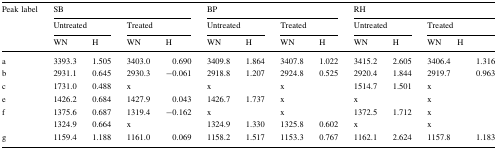
| <ROWSPAN=3> Peak label | <COLSPAN=4> SB | <COLSPAN=4> BP | <COLSPAN=5> RH |
 | <COLSPAN=2> Untreated | <COLSPAN=2> Treated | <COLSPAN=2> Untreated | <COLSPAN=2> Treated | <COLSPAN=2> Untreated | <COLSPAN=3> Treated |
 | WN | H | WN | H | WN | H | WN | H | WN | H | WN | <COLSPAN=2> H |
 | --- | --- | --- | --- | --- | --- | --- | --- | --- | --- | --- | --- | --- | --- |
 | a | 3393.3 | 1.505 | 3403.0 | 0.690 | 3409.8 | 1.864 | 3407.8 | 1.022 | 3415.2 | 2.605 | <COLSPAN=2> 3406.4 | 1.316 |
 | b | 2931.1 | 0.645 | 2930.3 | −0.061 | 2918.8 | 1.207 | 2924.8 | 0.525 | 2920.4 | 1.844 | <COLSPAN=2> 2919.7 | 0.963 |
 | c | 1731.0 | 0.488 | <COLSPAN=2> x | <COLSPAN=2> x | <COLSPAN=2> x | 1514.7 | 1.501 | <COLSPAN=3> x |
 | e | 1426.2 | 0.684 | 1427.9 | 0.043 | 1426.7 | 1.737 | <COLSPAN=2> x | <COLSPAN=2> x | <COLSPAN=3> x |
 | <ROWSPAN=2> f | 1375.6 | 0.687 | 1319.4 | −0.162 | <COLSPAN=2> x | <COLSPAN=2> x | 1372.5 | 1.712 | <COLSPAN=3> x |
 | 1324.9 | 0.664 | <COLSPAN=2> x | 1324.9 | 1.330 | 1325.8 | 0.602 | <COLSPAN=2> x | <COLSPAN=3> x |
 | g | 1159.4 | 1.188 | 1161.0 | 0.069 | 1158.2 | 1.517 | 1153.3 | 0.767 | 1162.1 | 2.624 | <COLSPAN=2> 1157.8 | 1.183 |